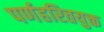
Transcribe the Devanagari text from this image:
पर्णहरितयुक्त